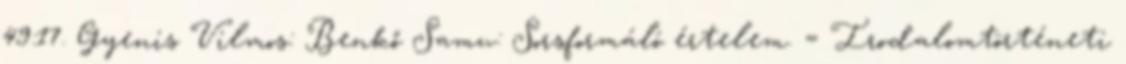
49:17. Gyenis Vilmos: Benkő Samu: Sorsformáló értelem. = Irodalomtörténeti